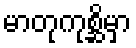
မာတုကုစ္ဆိမှာ